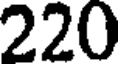
220